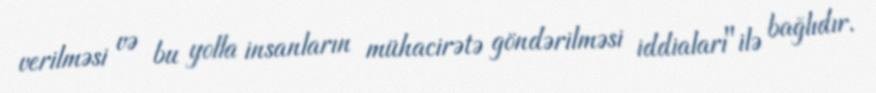
verilməsi və bu yolla insanların mühacirətə göndərilməsi iddiaları"ilə bağlıdır.